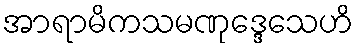
အာရာမိကသမဏုဒ္ဒေသေဟိ